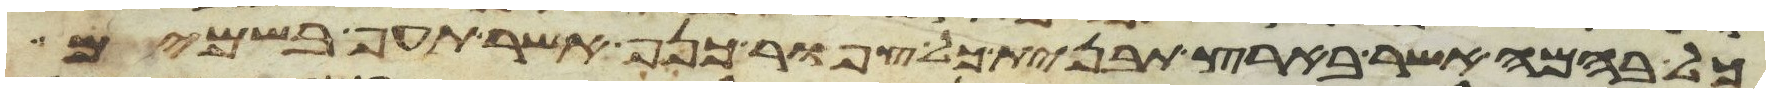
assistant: כל בהמה אשר בארץ תבנית כל צפור כנף אשר תעף בשמים